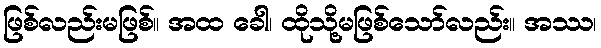
ဖြစ်လည်းမဖြစ်။ အထ ခေါ၊ ထိုသို့မဖြစ်သော်လည်း။ အဿ၊